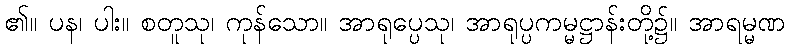
၏။ ပန၊ ပါး။ စတူသု၊ ကုန်သော။ အာရုပ္ပေသု၊ အာရုပ္ပကမ္မဋ္ဌာန်းတို့၌။ အာရမ္မဏ